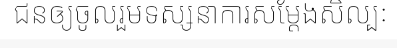
ជនឲ្យចូលរួមទស្សនាការសម្តែងសិល្បៈ